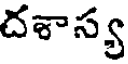
దశాస్య